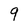
Character: 9